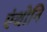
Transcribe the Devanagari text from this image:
एंथोनि